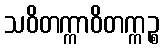
သဝိတက္ကာဝိတက္ကဉ္စ